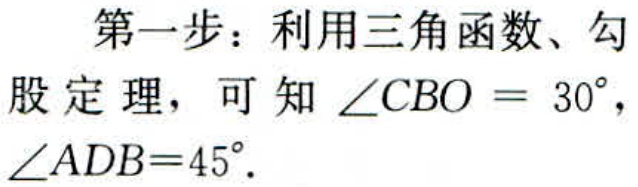
第一步：利用三角函数、勾股定理，可知\(\angle CBO = 30^{\circ}\)，\(\angle ADB = 45^{\circ}\).